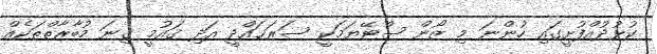
ކުޅުދުއްފުށީގައި ހުންނަ މި ޒޯން ސްޓޭޔަމަކީ ސަރަޙައްދީ އަދި ޤައުމީ ގިނަ މުބާރާތްތަކެއް